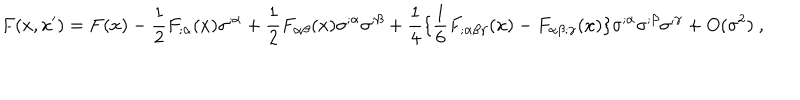
LaTeX: F ( x , x ^ { \prime } ) = F ( x ) - \frac { 1 } { 2 } F _ { ; \alpha } ( x ) \sigma ^ { ; \alpha } + \frac { 1 } { 2 } F _ { \alpha \beta } ( x ) \sigma ^ { ; \alpha } \sigma ^ { ; \beta } + \frac { 1 } { 4 } \{ \frac { 1 } { 6 } F _ { ; \alpha \beta \gamma } ( x ) - F _ { \alpha \beta ; \gamma } ( x ) \} \sigma ^ { ; \alpha } \sigma ^ { ; \beta } \sigma ^ { ; \gamma } + O ( \sigma ^ { 2 } ) ~ ,